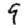
Digit: 9